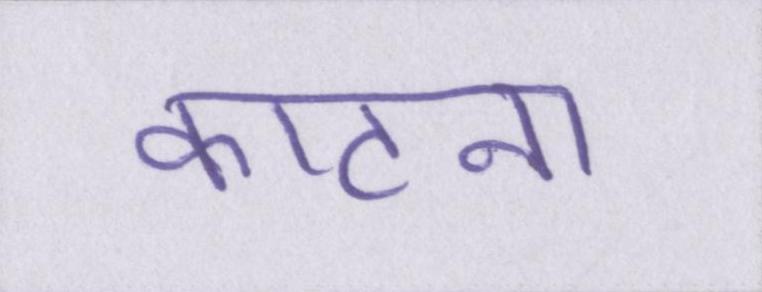
काटना